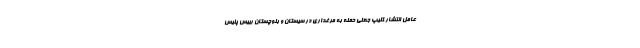
عامل انتشار کلیپ جعلی حمله به مرغداری در سیستان و بلوچستان رییس پلیس